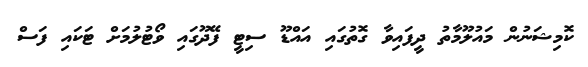
ކޮމިޝަނުން މައުލޫމާތު ދީފައިވާ ގޮތުގައި އައްޑޫ ސިޓީ ފޭދޫގައި ވޯޓުލުމަށް ޓަކައި ފަސް